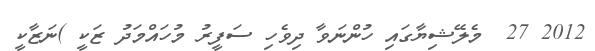
2012 27  މެލޭޝިޔާގައި ހުންނަވާ ދިވެހި ސަފީރު މުހައްމަދު ޒަކީ )ނަޒާކީ